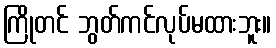
ကြိုတင် ဘွတ်ကင်လုပ်မထားဘူး။